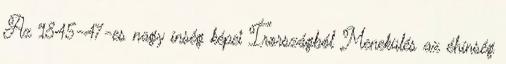
Az 1845-47-es nagy ínség képei Írországból Menekülés az éhínség